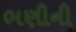
ભણીની